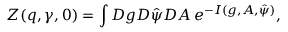
Z ( q , \gamma , 0 ) = \int { \cal D } g { \cal D } { \hat { \psi } } { \cal D } A \, e ^ { - I ( g , A , { \hat { \psi } } ) } ,